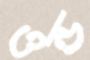
ওন্ড